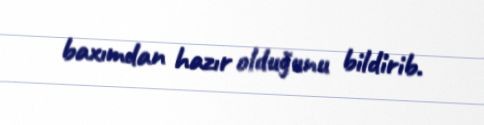
baxımdan hazır olduğunu bildirib.